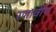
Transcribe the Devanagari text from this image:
रणावीण